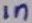
Text: 1n